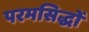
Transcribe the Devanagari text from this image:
परमसिद्धों